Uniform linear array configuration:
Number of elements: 48
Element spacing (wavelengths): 1
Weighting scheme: hann
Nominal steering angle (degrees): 45
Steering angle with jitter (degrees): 44.724
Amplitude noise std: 0.05
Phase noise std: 0.05

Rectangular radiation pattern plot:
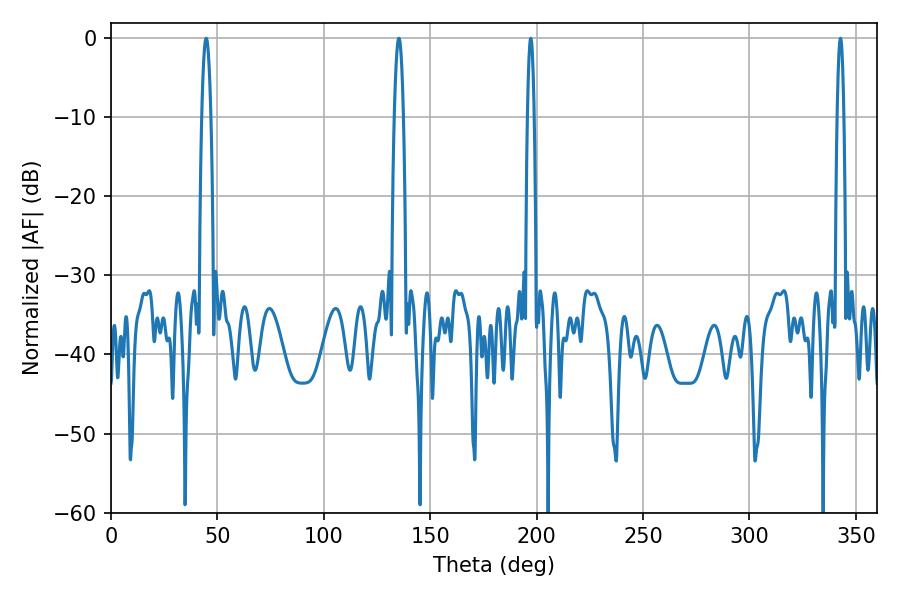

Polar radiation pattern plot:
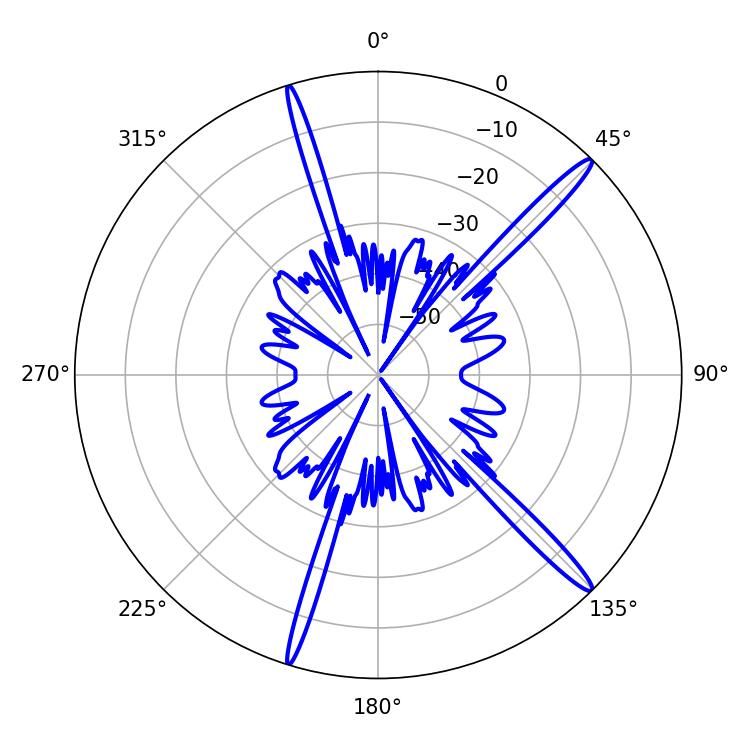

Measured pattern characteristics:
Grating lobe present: TRUE
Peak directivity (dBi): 16.595
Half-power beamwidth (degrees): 1.62
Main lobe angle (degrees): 197.28